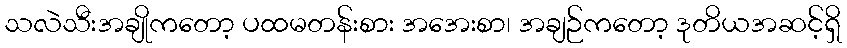
သလဲသီးအချိုကတော့ ပထမတန်းစား အအေးစာ၊ အချဉ်ကတော့ ဒုတိယအဆင့်ရှိ